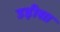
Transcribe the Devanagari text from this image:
उड़़ीसा